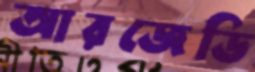
আরজেডি